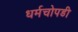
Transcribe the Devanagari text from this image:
धर्मचोपडी